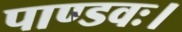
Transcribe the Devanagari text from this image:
पाण्डवः।